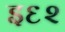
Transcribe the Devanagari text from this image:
इ६२